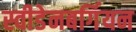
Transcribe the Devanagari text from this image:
स्वीडेनबर्गियन